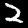
Digit: 2